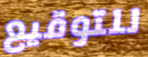
للتوقيع